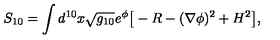
S _ { 1 0 } = \int d ^ { 1 0 } x \sqrt { g _ { 1 0 } } e ^ { \phi } \big [ - R - ( \nabla \phi ) ^ { 2 } + H ^ { 2 } \big ] ,